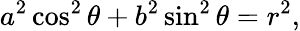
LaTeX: a^{2}\cos^{2}\theta+b^{2}\sin^{2}\theta=r^{2},